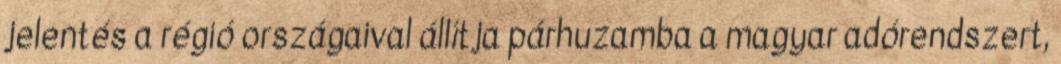
jelentés a régió országaival állítja párhuzamba a magyar adórendszert,